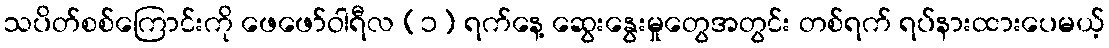
သပိတ်စစ်ကြောင်းကို ဖေဖော်ဝါရီလ (၁) ရက်နေ့ ဆွေးနွေးမှုတွေအတွင်း တစ်ရက် ရပ်နားထားပေမယ့်